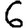
Digit: 6